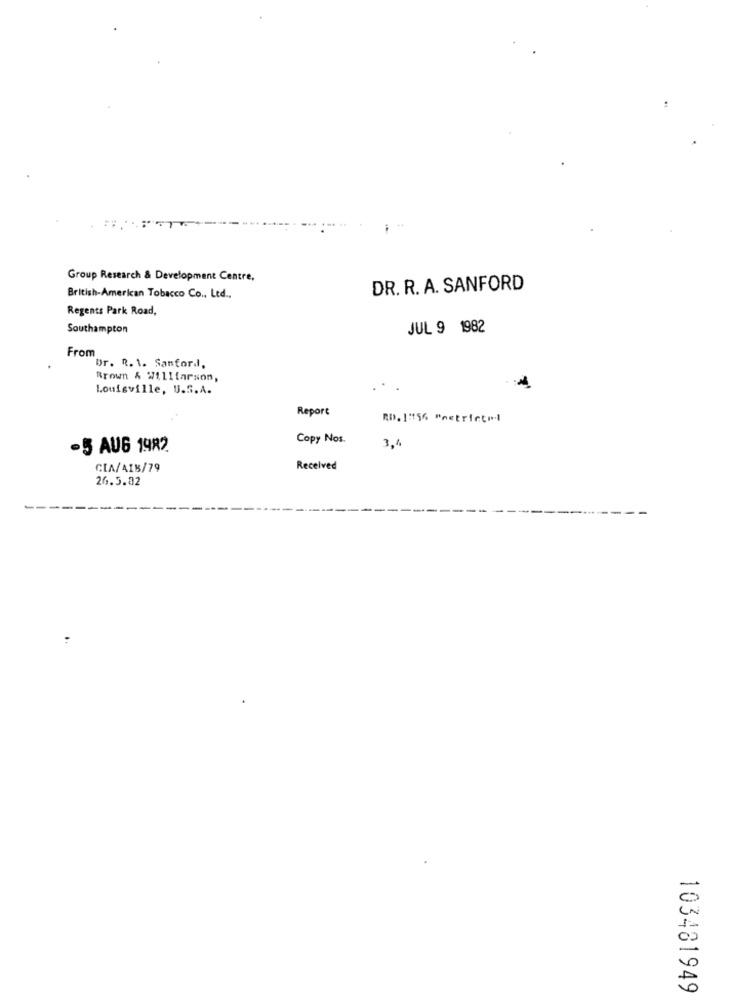
:
Group Research & Development Centre,
DR. R. A. SANFORD
British-American Tobacco Co ., Ltd ..
Regents Park Road,
Southampton
JUL 9 1982
From
Dr. R. 1. Sanford,
Brown & Willfarson,
Louisville, U.S.A.
Report
RD. 1:156 Poetrfctel
Copy Nos.
-5 AUG 1982
CIA/AIK/79
Received
26.5.02
103481949